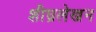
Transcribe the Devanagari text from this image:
शीघ्रलेखन